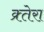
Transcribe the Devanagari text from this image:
क्र्तेरा